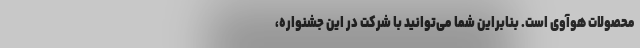
محصولات هوآوی است. بنابراین شما می‌توانید با شرکت در این جشنواره،